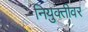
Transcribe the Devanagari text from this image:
नियुक्तीवर